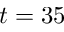
t = 3 5